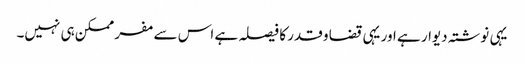
یہی نوشتہ دیوار ہے اور یہی قضا و قدر کا فیصلہ ہے اس سے مفر ممکن ہی نہیں۔